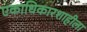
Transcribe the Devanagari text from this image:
एकाधिकारशाहीला